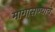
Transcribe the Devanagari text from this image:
मागासण्याचे